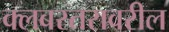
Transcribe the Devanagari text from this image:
क्लबस्तरावरील